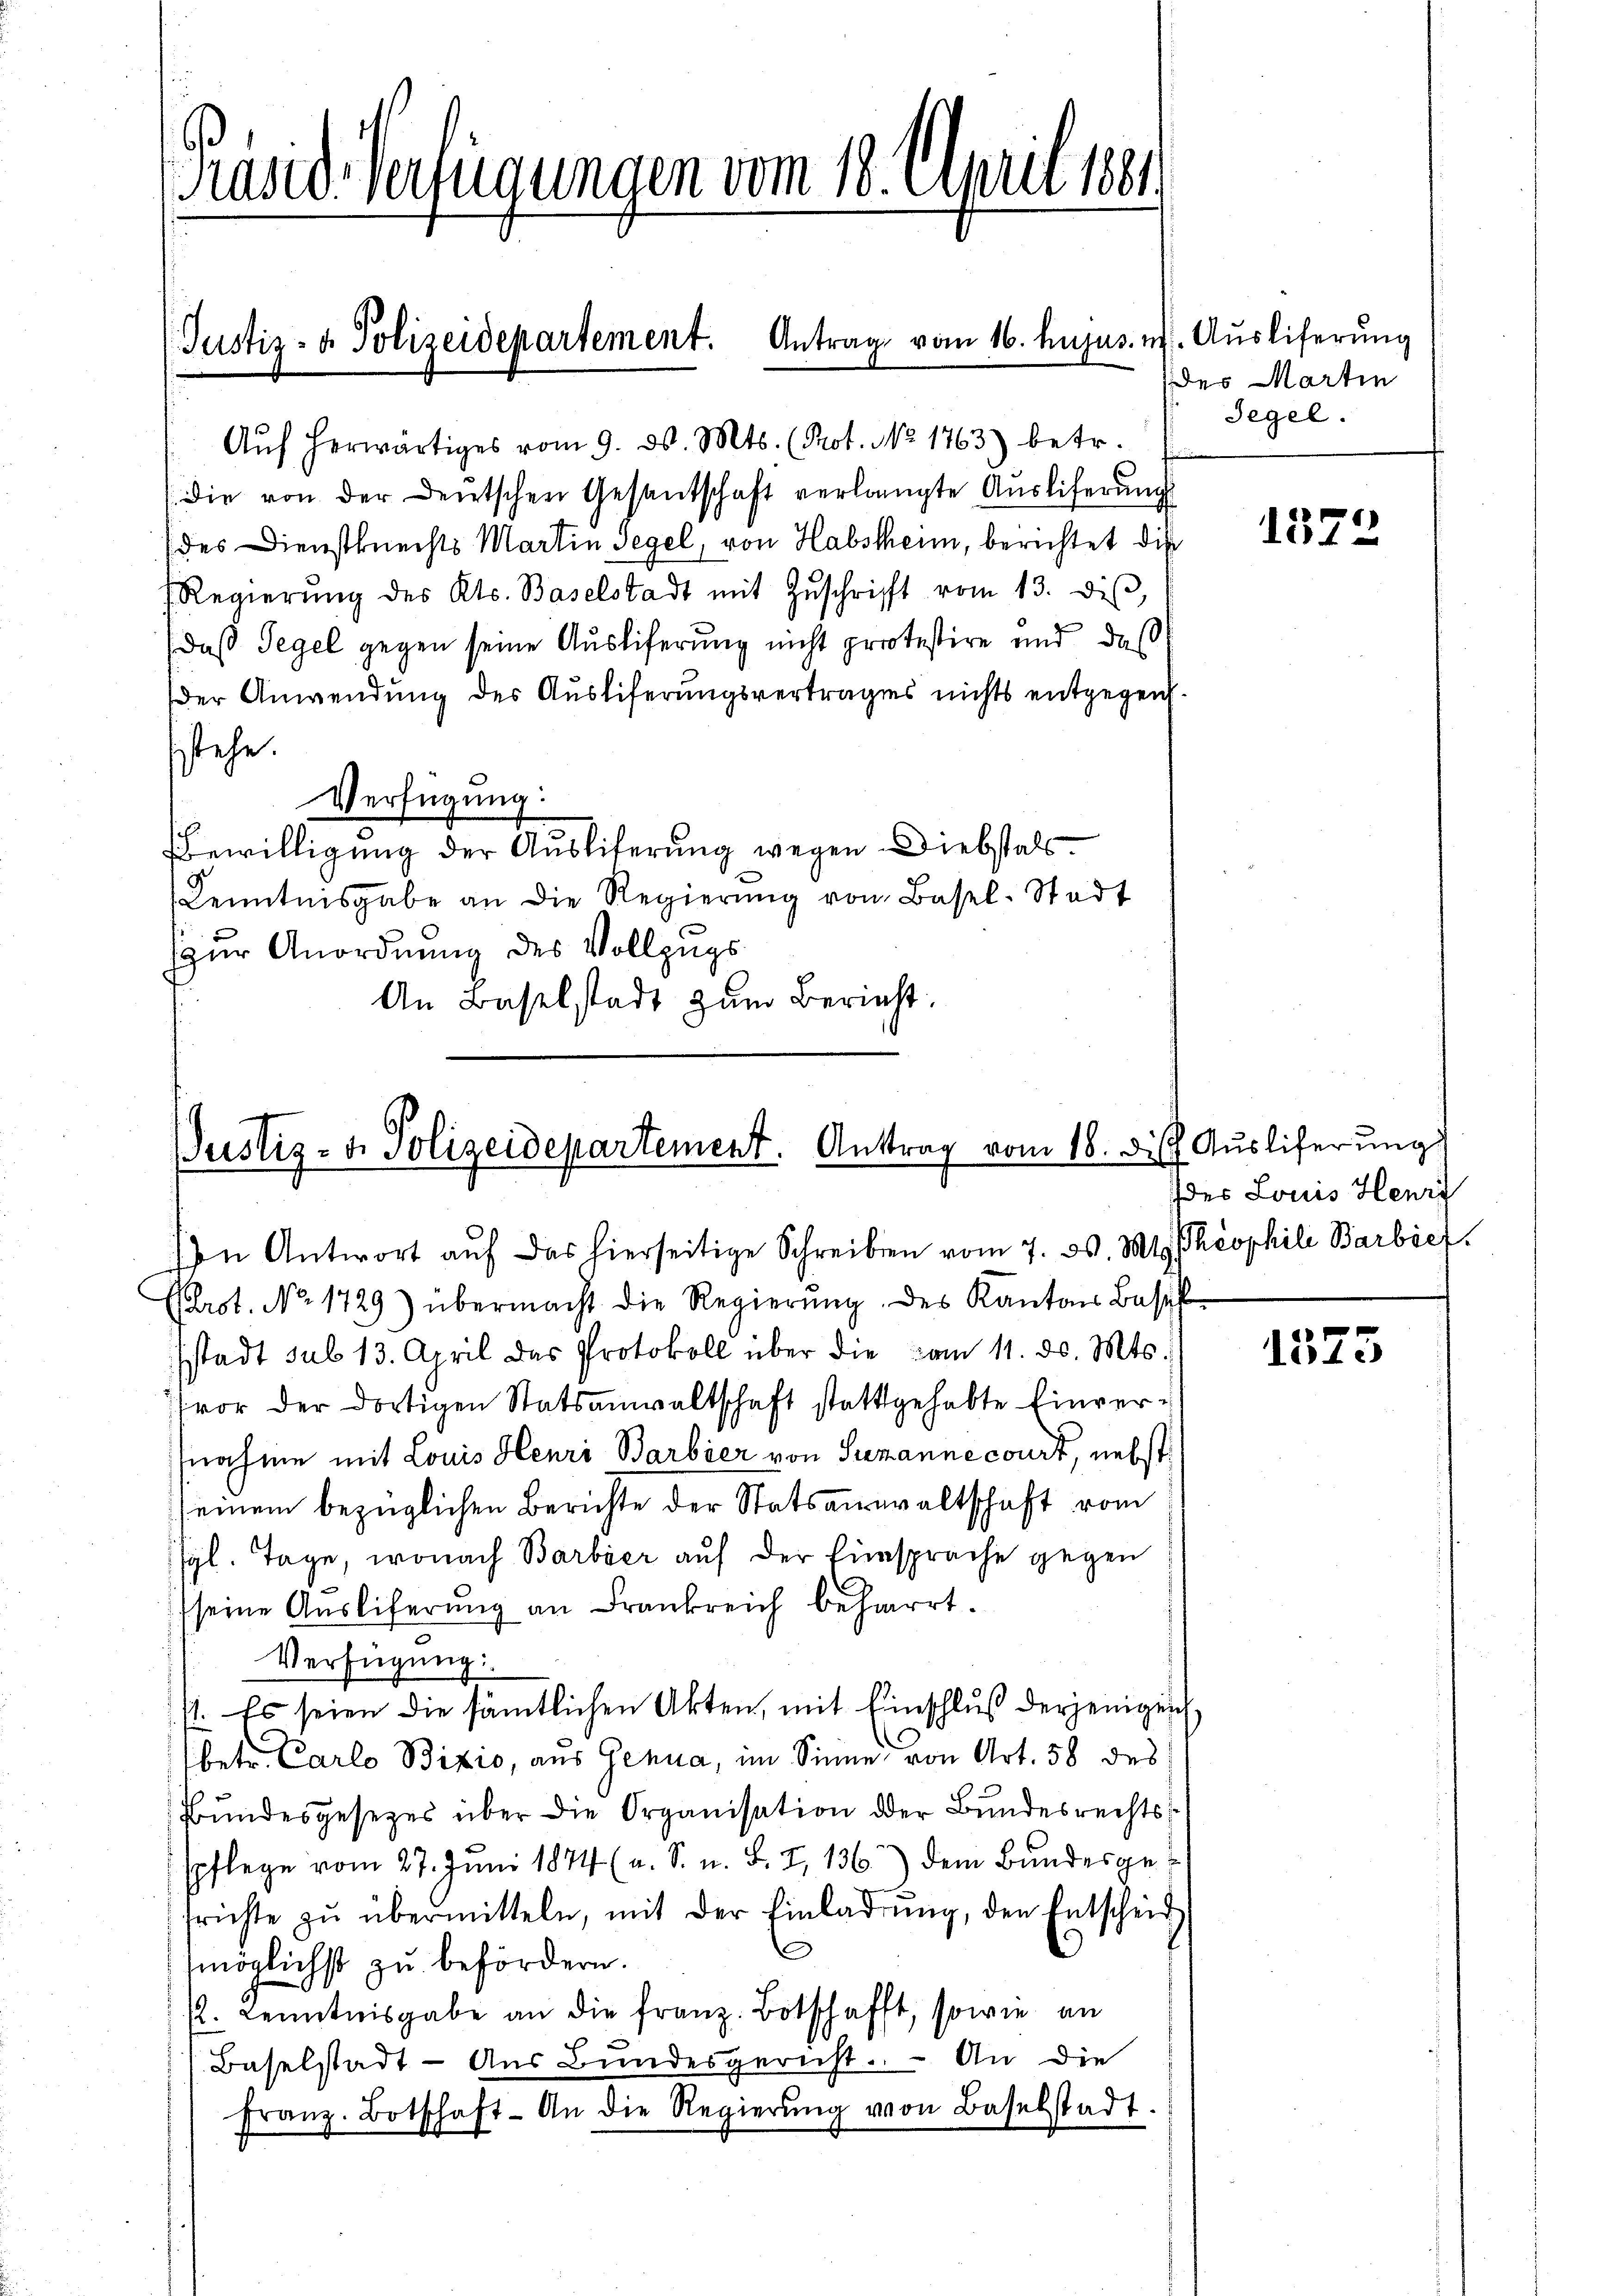
Brasid-Verfügungen vom 18. April 1881.

(Justiz- & Polizeidepartement. Antrag vom 16. hujus in

Justiz- u. Polizeidepartement. Antrag vom 18. die Ausliferung

Aŭf herwärtiges vom 9. d. Mts. (Prot. No 1763) betr.
(die von der Deutschen Gesantschaft verlangte Aŭsliferŭng
(des Dienstknechts Martin Segel, von Habstheim, berichtet die
Regierŭng des Kts. Baselstadt mit Zŭschrift vom 13. diβ,
daß Tegel gegen seine Ausliferung nicht protestire und daß
der Anwendung des Ausliferungsvertrages nichts entgegens.
stehe.
Verfügung:
BBewilligung der Ausliferung wegen Diebstals.
Kenntnisgabe an die Regierŭng von Basel-Stadt
zur Anordnung des Vollzugs
An Baselstadt zum Bericht.

z. Ausliferung
des Martin
Tegel.

In Antwort auf das hierseitige Schreiben vom 7. ds. Mt. Theophili Barbie
Pbrot. No. 1729) übermacht die Regierŭng des Kanton Basel
stadt sub 13. April das Protokoll über die vom 11. d. Mts.
vor der dortigen Statsanwaltschaft stattgehabte Einversnahme mit Louis Henri Barbier von Sunanne court, nebst
seinem bezüglichen Berichte der Statsanwaltschaft vom
syl. Tage, wonach Barbier auf der Einsprache gegen
seine Ausliferung an Frankreich beharrt.
Verfügung:
st. Es seien die sämtlichen Akten, mit Einschluß derjenigen
(betr. Carlo Bizio, aus Genua, im Sinne von Art. 58 des
Bundesgesezes über die Organisation der Bundesrechts
pflege vom 27. Juni 1874 (a. S. u. S. 7, 136) dem Bundesgefrichte zŭ übermitteln, mit der Einladŭng, den Entscheid
¬
möglichst zu befördern.
. Kenntnisgabe an die franz. Botschafft, sowie an
Baselstadt - Aus Bundesgericht. An die
franz. Botschaft. An die Regierŭng von Baselstadt.

1372

des Louis Henri

7
131